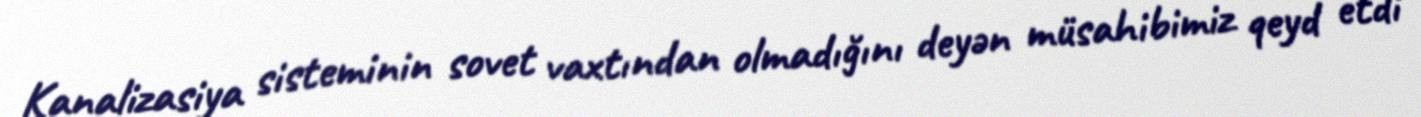
Kanalizasiya sisteminin sovet vaxtından olmadığını deyən müsahibimiz qeyd etdi